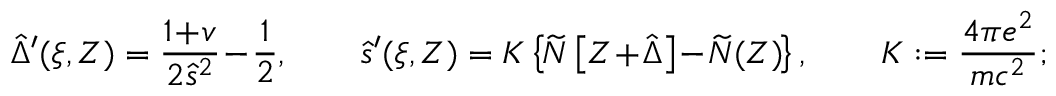
\begin{array} { r } { \hat { \Delta } ^ { \prime } ( \xi , Z ) = \displaystyle \frac { 1 \! + \! v } { 2 \hat { s } ^ { 2 } } \! - \! \frac 1 2 , \qquad \hat { s } ^ { \prime } ( \xi , Z ) = K \left\{ \! \widetilde { N } \left[ Z \! + \! \hat { \Delta } \right] \! - \! \widetilde { N } ( Z ) \! \right\} , \qquad K : = \frac { 4 \pi e ^ { 2 } } { m c ^ { 2 } } ; } \end{array}